[Report on the health of British troops in the Madras command]
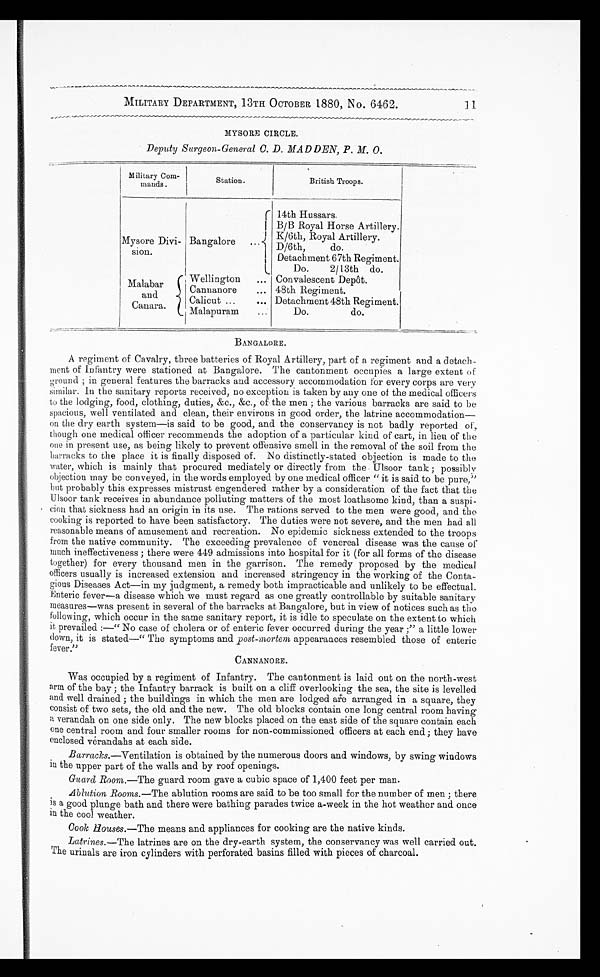
MILITARY DEPARTMENT, 13TH OCTOBER 1880, No. 6462.
MYSORE CIRCLE.
Deputy Surgeon-General C. D. MADDEN, P. M. O.
Military Corn-
mands.
Station.
British Troops.
Mysore Divi-
sion.
Bangalore . . .
14th Hussars.
B/B Royal Horse Artillery.
K/6th, Royal Artillery.
D/6th,
do.
Detachment 67th Re giment.
Malabar
and
Canara.
Do.
2/13th do.
Wellington
... Convalescent Depôt.
Cannanore
... 48th Regiment.
Calicut . . .
Detachment 48th Regiment.
Malapuram
Do.
do.
BANGALORE.
A regiment of Cavalry, three batteries of Royal Artillery, part of a regiment and a detach
- m e n t o f I n f a n t r y w e r e s t a t i o n e d a t B a n g a l o r e . T h e c a n t o n m e n t o c c u p i e s a l a r g e e x t e n t o f
ground ; in general features the barracks and accessory accommodation for every corps are very
similar. In the sanitary reports received, no exception is taken by any one of the medical officers
to the lodging, food, clothing, duties, &c., &c., of the men ; the various barracks are said to be
spacious, well ventilated and clean, their environs in good order, the latrine accommodation—
on the dry earth system—is said to be good, and the conservancy is not badly reported of,
though one medical officer recommends the adoption of a particular kind of cart, in lieu of the
one in present use, as being likely to prevent offensive smell in the removal of the soil from the
barracks to the place it is finally disposed of. No distinctly-stated objection is made to the
water, which is mainly that procured mediately or directly from the Ulsoor tank ; possibly
objection may be conveyed, in the words employed by one medical officer " it is said to be pure,"
but probably this expresses mistrust engendered rather by a consideration of the fact that the
Ulsoor tank receives in abundance polluting matters of the most loathsome kind, than a suspi
-cion that sickness had an origin in its use. The rations served to the men were good, and the
cooking is reported to have been satisfactory. The duties were not severe, and the men had all
reasonable means of amusement and recreation. No epidemic sickness extended to the troops
from the native community. The exceeding prevalence of venereal disease was the cause of
much ineffectiveness ; there were 449 admissions into hospital for it (for all forms of the disease
together) for every thousand men in the garrison. The remedy proposed by the medical
officers usually is increased extension and increased stringency in the working of the Conta-
- g i o u s D i s e a s e s A c t — i n m y j u d g m e n t , a r e m e d y b o t h i m p r a c t i c a b l e a n d u n l i k e l y t o b e e f f e c t u a l .
Enteric fever—a disease which we must regard as one greatly controllable by suitable sanitary
measures—was present in several of the barracks at Bangalore, but in view of notices such as the
following, which occur in the same sanitary report, it is idle to speculate on the extent to which
it prevailed:—" No case of cholera or of enteric fever occurred during the year ;" a little lower
down, it is stated—" The symptoms and post-mortem appearances resembled those of enteric
fever."
CANNANORE.
Was occupied by a regiment of Infantry. The cantonment is laid out on the north-west
arm of the bay ; the Infantry barrack is built on a cliff overlooking the sea, the site is levelled
and well drained ; the buildings in which the men are lodged are arranged in a square, they
consist of two sets, the old and the new. The old blocks contain one long central room having
a verandah on one side only. The new blocks placed on the east side of the square contain each
one central room and four smaller rooms for non-commissioned officers at each end ; they have
enclosed verandahs at each side.
Barracks .—Ventilation is obtained by the numerous doors and windows, by swing windows
in the upper part of the walls and by roof openings.
Guard Room .—The guard room gave a cubic space of 1,400 feet per man.
Ablution Rooms .—The ablution rooms are said to be too small for the number of men ; there
is a good plunge bath and there were bathing parades twice a-week in the hot weather and once
in the cool weather.
Cook Houses.—The means and appliances for cooking are the native kinds.
Latrines. —The latrines are on the dry-earth system, the conservancy was well carried out.
The urinals are iron cylinders with perforated basins filled with pieces of charcoal.
11